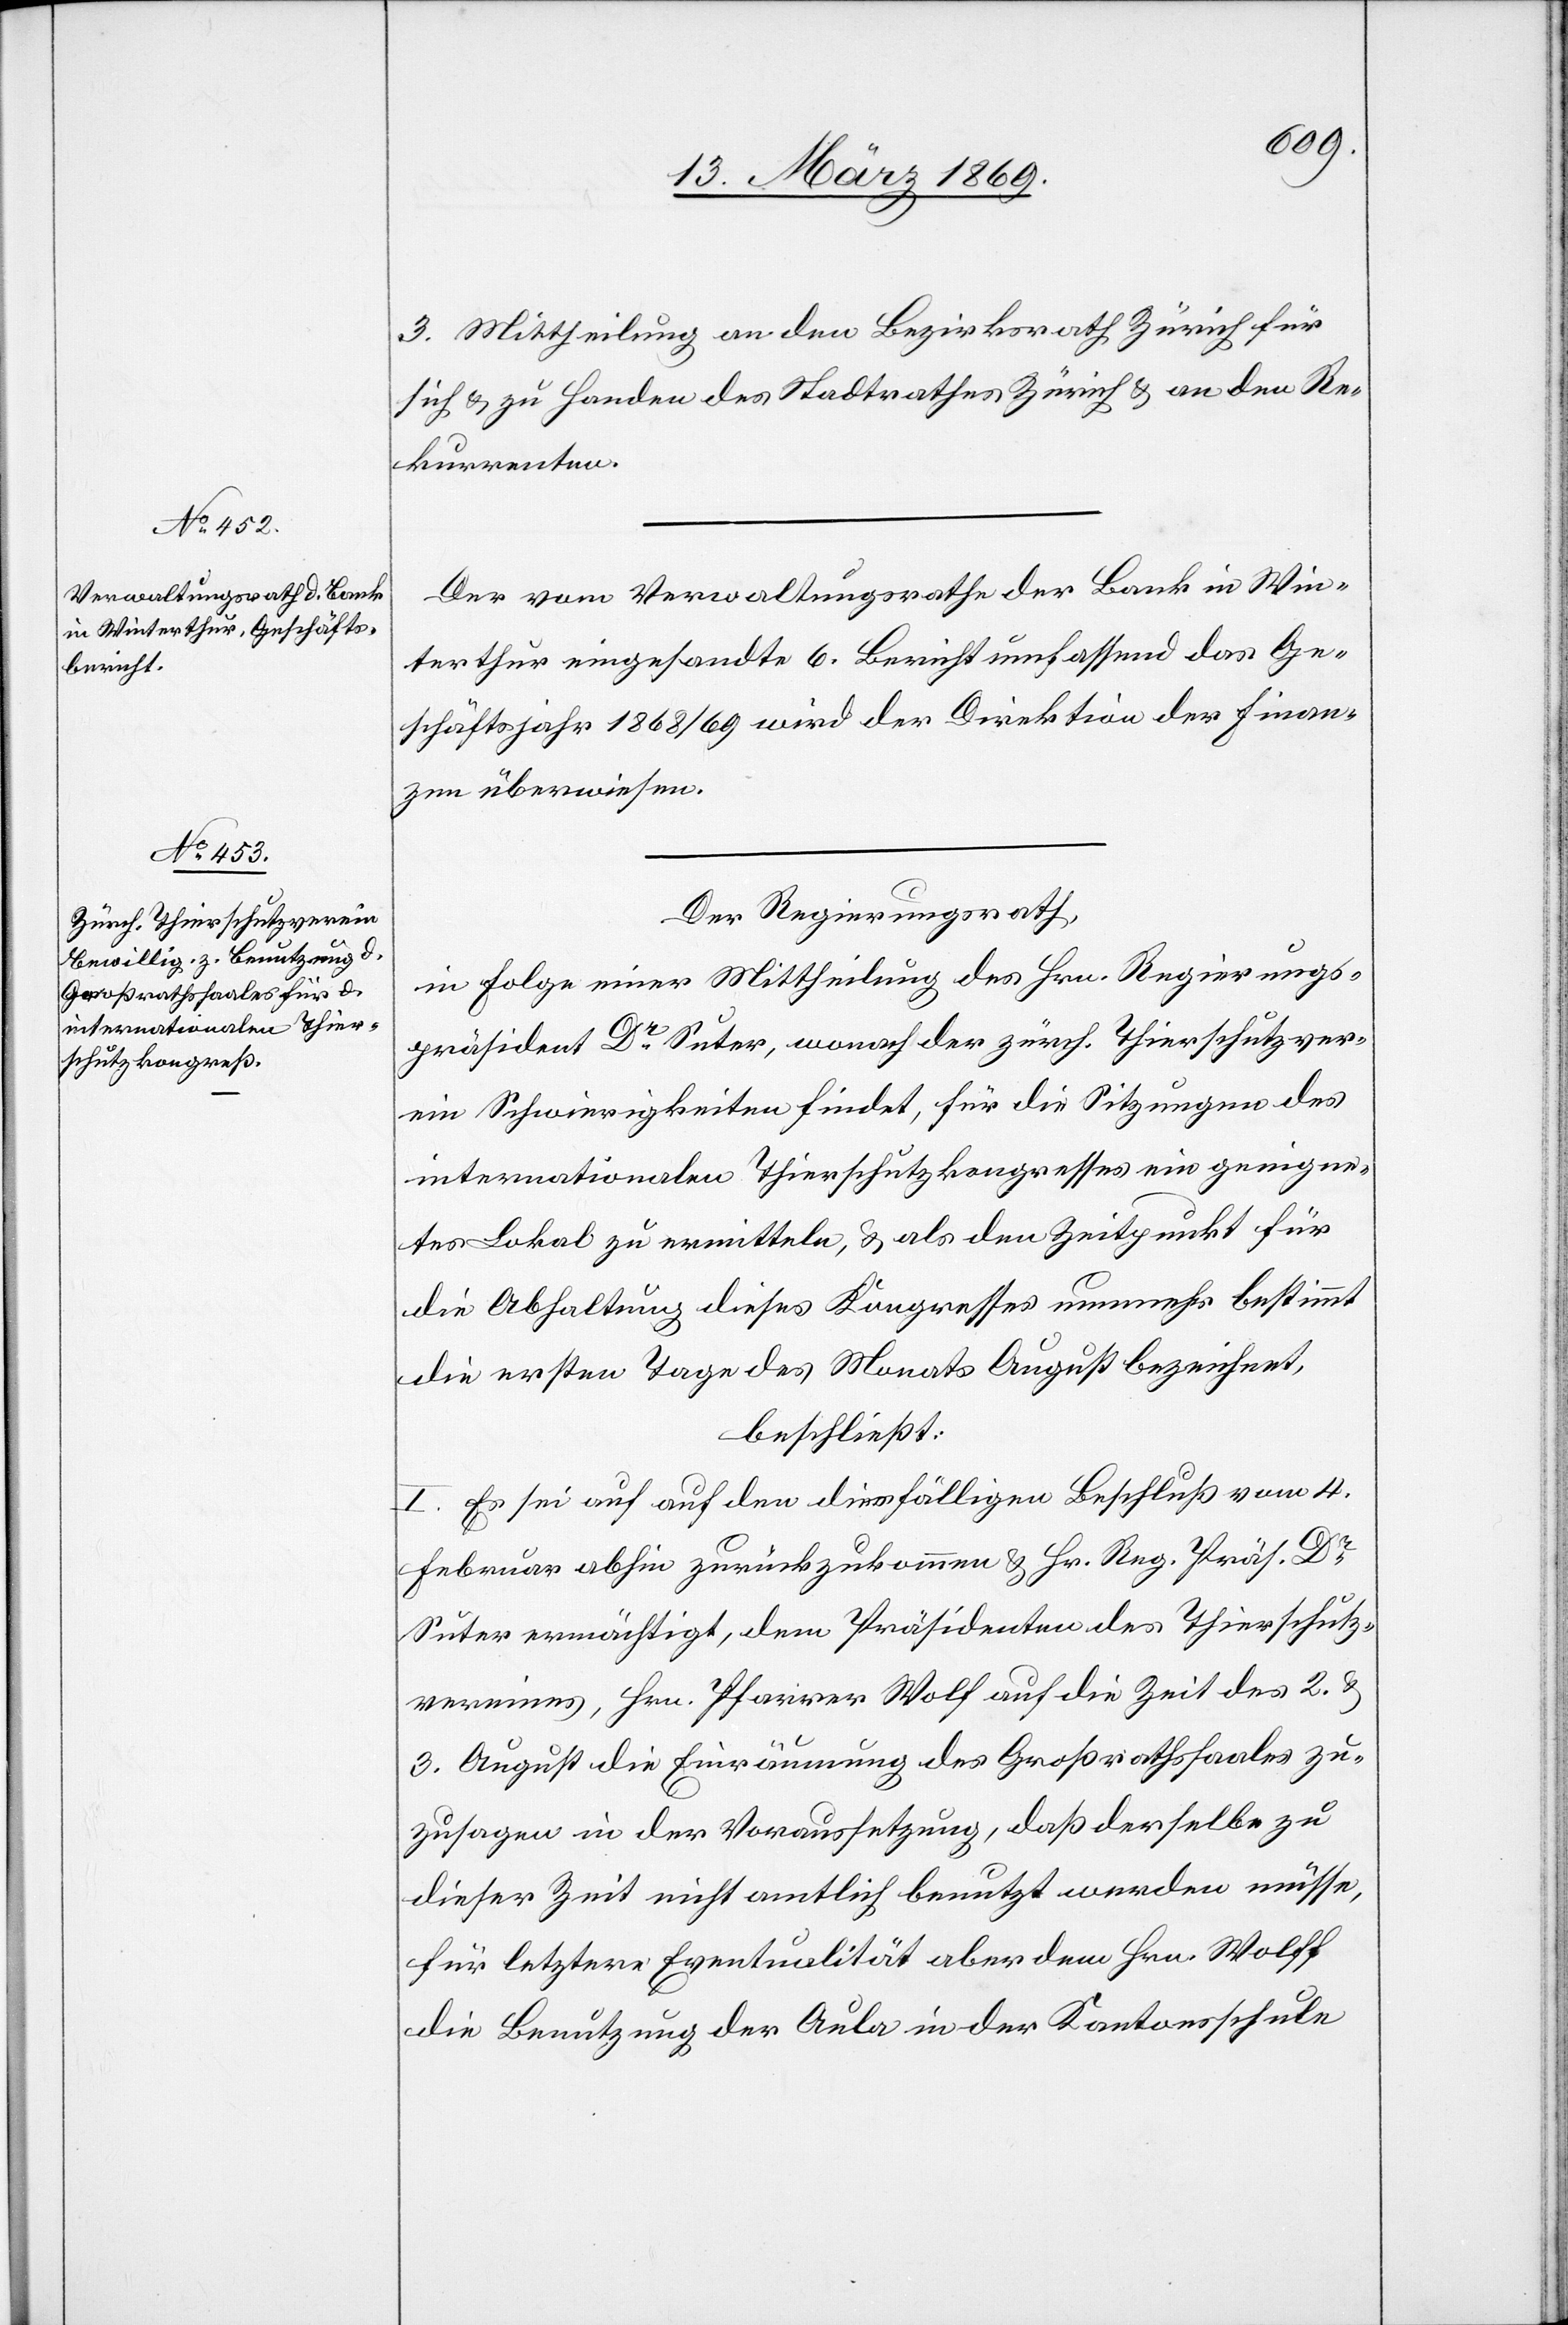
3. Mittheilung an den Bezirksrath Zürich für
sich & zu Handen des Stadtrathes Zürich & an den Re¬
kurrenten.
Der vom Verwaltungsrathe der Bank in Win¬
terthur eingesandte 6. Bericht umfassend das Ge¬
schäftsjahr 1868/69 wird der Direktion der Finan¬
zen überwiesen.
Der Regierungsrath,
in Folge einer Mittheilung des Hrn. Regierungs¬
präsident Dr Suter, wonach der zürch. Thierschutzver¬
ein Schwierigkeiten findet, für die Sitzungen des
internationalen Thierschutzkongresses ein geeigne¬
tes Lokal zu ermitteln, & als dem Zeitpunkt für
die Abhaltung dieses Kongresses nunmehr bestimmt
die ersten Tage des Monats August bezeichnet,
beschließt:
I. Es sei auf auf [sic!] den diesfälligen Beschluß vom 4.
Februar abhin zurückzukommen & Hrn. Reg. Präs. Dr
Suter ermächtigt, dem Präsidenten des Thierschutz¬
vereines, Hrn. Pfarrer Wolf auf die Zeit des 2. &
3. August die Einräumung des Großrathssaales zu¬
zusagen in der Voraussetzung, daß derselbe zu
dieser Zeit nicht amtlich benutzt werden müsse,
für letztere Eventualität aber dem Hrn. Wolff
die Benutzung der Aula in der Kantonsschule